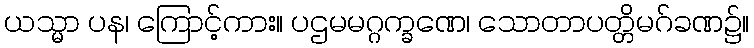
ယသ္မာ ပန၊ ကြောင့်ကား။ ပဌမမဂ္ဂက္ခဏေ၊ သောတာပတ္တိမဂ်ခဏ၌။